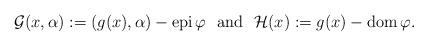
LaTeX: \begin{align*} \mathcal{G}(x,\alpha):=(g(x),\alpha)-{\rm epi}\,\varphi \ \ {\rm and}\ \ \mathcal{H}(x):=g(x)-{\rm dom}\,\varphi. \end{align*}